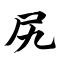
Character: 尻